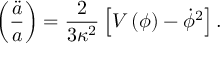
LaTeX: \left( { \frac { \ddot { a } } { a } } \right) = { \frac { 2 } { 3 \kappa ^ { 2 } } } \left[ V \left( \phi \right) - \dot { \phi } ^ { 2 } \right] .